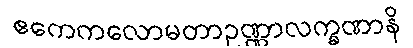
ဧကေကလောမတာဥဏ္ဏာလက္ခဏာနိ